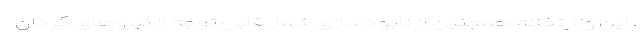
. این وزارتخانه همچنین از نابودسازی شمار قابل توجه از نیروهای گردان